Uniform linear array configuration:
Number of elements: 24
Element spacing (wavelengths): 0.5
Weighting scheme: binomial
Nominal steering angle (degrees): -15
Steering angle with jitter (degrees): -15.547
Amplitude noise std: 0.05
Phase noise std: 0.05

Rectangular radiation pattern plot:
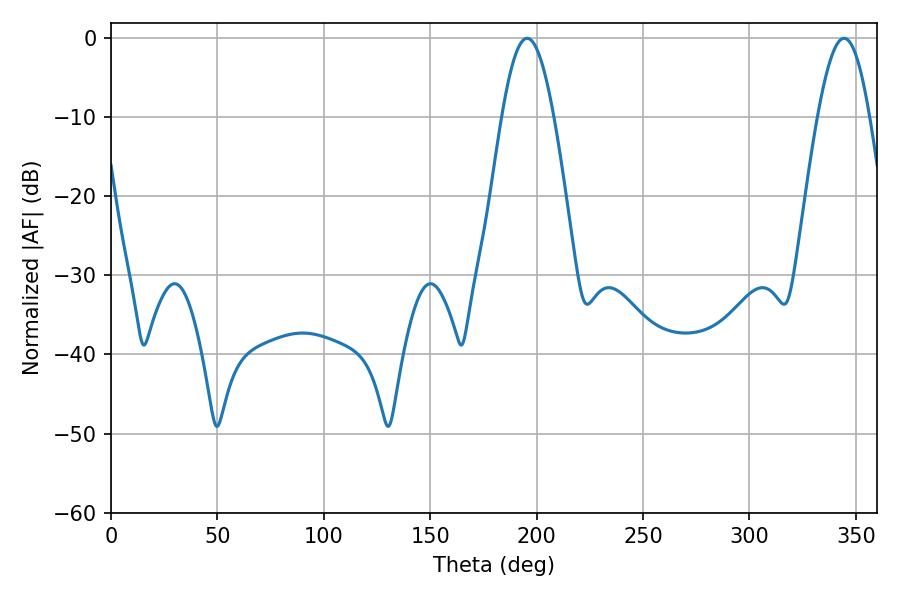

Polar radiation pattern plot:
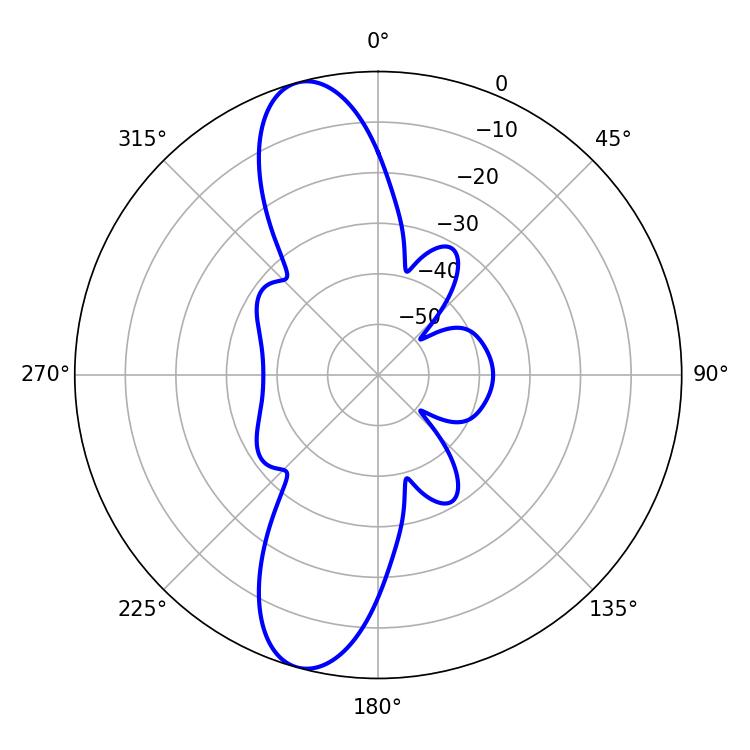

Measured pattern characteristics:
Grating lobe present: FALSE
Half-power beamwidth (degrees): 13.14
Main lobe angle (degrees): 195.48